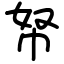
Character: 帑